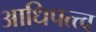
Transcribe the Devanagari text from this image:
आधिपत्त्व